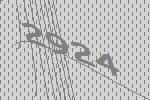
2924